Leaving Certificate Examination, 1923
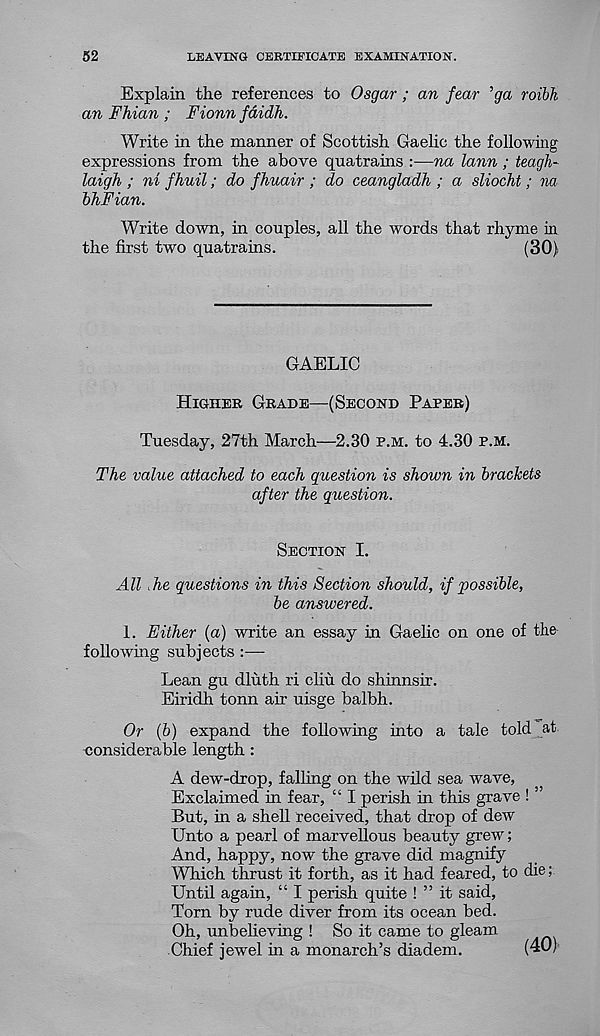
52
LEAVING CERTIFICATE EXAMINATION.
Explain the references to Osgar ; an fear ’ga roibk
an Fhian ; Fionn fdidh.
Write in the manner of Scottish Gaelic the following
expressions from the above quatrains :■—na lann; teagh-
laigh ; ni fhuil; do fhuair ; do ceangladh ; a sliocht; na
bhFian.
Write down, in couples, all the words that rhyme in
the first two quatrains.
(30)
GAELIC
Higher Grade—(Second Paper)
Tuesday, 27th March—2.30 p.m. to 4.30 p.m.
The value attached to each question is shown in brackets
after the question.
Section I.
All he questions in this Section should, if possible,
be answered.
1. Either (a) write an essay in Gaelic on one of the
following subjects :—
Lean gu dluth ri cliu do shinnsir.
Eiridh tonn air uisge balbh.
Or (b) expand the following into a tale told at
considerable length :
A dew-drop, falling on the wild sea wave,
Exclaimed in fear, “ I perish in this grave !
But, in a shell received, that drop of dew
Unto a pearl of marvellous beauty grew;
And, happy, now the grave did magnify
Which thrust it forth, as it had feared, to die;
Until again, “ I perish quite ! ” it said,
Torn by rude diver from its ocean bed.
Oh, unbelieving ! So it came to gleam
Chief jewel in a monarch’s diadem.
(40)